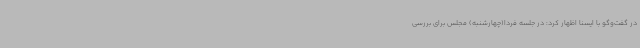
در گفت‌وگو با ایسنا اظهار کرد: در جلسه فردا(چهارشنبه) مجلس برای بررسی